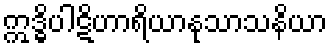
ဣဒ္ဓိပါဋိဟာရိယာနုသာသနိယာ